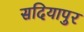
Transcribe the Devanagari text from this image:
सदियापुर